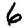
Digit: 6